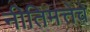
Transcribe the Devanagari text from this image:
नीतिमत्तेचे